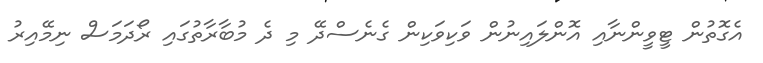
އެގޮތުން ޓީވީންނާއި އޮންލައިނުން ވަކިވަކިން ގެނެސްދޭ މި ދެ މުބާރާތުގައި ރޯދަމަސް ނިމޭއިރު